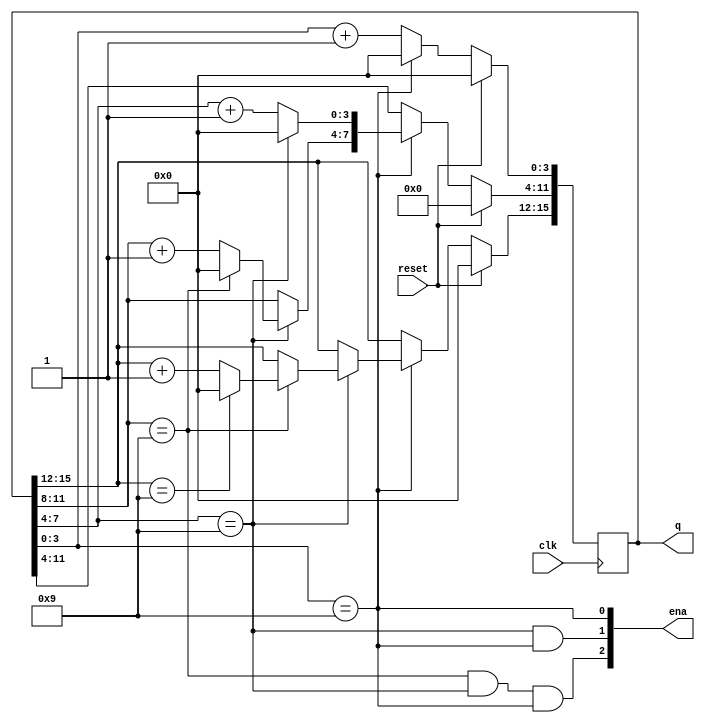
module top_module (
    input clk,
    input reset,   // Synchronous active-high reset
    output [3:1] ena,
    output [15:0] q);
    initial begin
        q = 0; 
    end
    always @(posedge clk) begin
        if(reset) begin
            q <= 0;
        end
        else begin
            if(q[3:0] == 4'd9) begin
                q[3:0] <= 0;
                
                if(q[7:4] == 4'd9) begin
                    q[7:4] <= 0;
 
                    if(q[11:8] == 4'd9) begin
                        q[11:8] <= 0;
 
                        if(q[15:12] == 4'd9) begin
                            q <= 0;
                        end
                        else begin
                            q[15:12] <= q[15:12] + 1'b1;
                        end
                    end
                    else begin
                        q[11:8] = q[11:8] + 4'b1;
                    end
                end
                else begin
                    q[7:4] = q[7:4] + 4'b1;
                end
            end
            else begin
                q[3:0] <= q[3:0] + 1'b1;
            end
        end
    end
    assign ena[3:1] = {(q[11:8]==4'd9&&q[7:4]==4'd9&&q[3:0]==4'd9),(q[7:4]==4'd9&&q[3:0]==4'd9),(q[3:0]==4'd9)};
endmodule